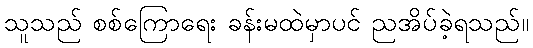
သူသည် စစ်ကြောရေး ခန်းမထဲမှာပင် ညအိပ်ခဲ့ရသည်။